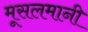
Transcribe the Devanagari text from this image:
मूसलमानी